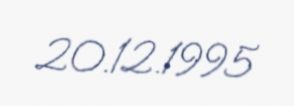
20.12.1995